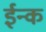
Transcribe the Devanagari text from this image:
ईन्क